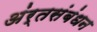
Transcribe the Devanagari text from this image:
अंर्तसंबंधन